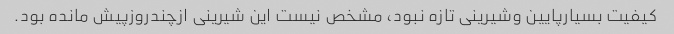
کیفیت بسیارپایین وشیرینی تازه نبود، مشخص نیست این شیرینی ازچندروزپیش مانده بود.